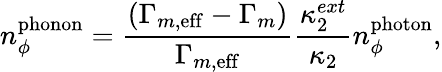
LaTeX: n_{\phi}^{\mathrm{phonon}}=\frac{\left(\Gamma_{m,\mathrm{eff}}-\Gamma_{m}\right)}{\Gamma_{m,\mathrm{eff}}}\frac{\kappa_{2}^{ext}}{\kappa_{2}}n_{\phi}^{\mathrm{photon}},